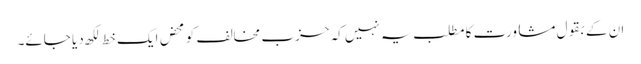
ان کے بقول مشاورت کا مطلب یہ نہیں کہ حزب مخالف کو محض ایک خط لکھ دیا جائے۔